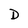
Character: D